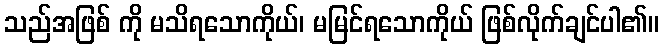
သည်အဖြစ် ကို မသိရသောကိုယ်၊ မမြင်ရသောကိုယ် ဖြစ်လိုက်ချင်ပါ၏။